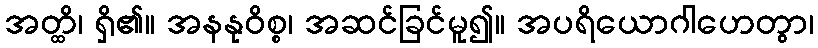
အတ္ထိ၊ ရှိ၏။ အနနုဝိစ္စ၊ အဆင်ခြင်မူ၍။ အပရိယောဂါဟေတွာ၊